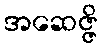
အဆေဇ္ဇိ